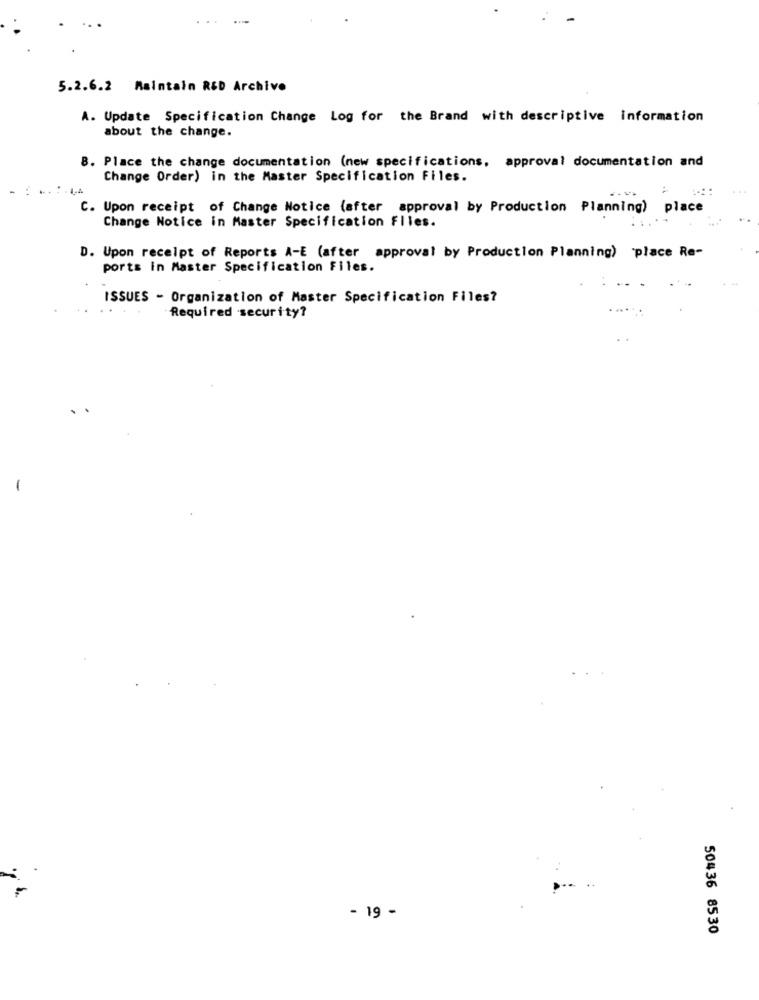
5.2.6.2 Maintain R&D Archive
A. Update Specification Change Log for the Brand with descriptive information
about the change.
8. Place the change documentation (new specifications, approval documentation and
Change Order) in the Master Specification Files.
C. Upon receipt of Change Notice (after approval by Production Planning) place
Change Notice in Master Specification Files.
D. Upon receipt of Reports A-E (after approval by Production Planning) place Re-
ports in Master Specification Files.
ISSUES - Organization of Master Specification Files?
Required security?
-
- 19 -
50436 8530